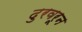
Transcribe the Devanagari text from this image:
दुरवरून